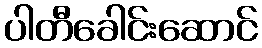
ပါတီခေါင်းဆောင်